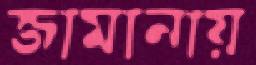
জামানায়